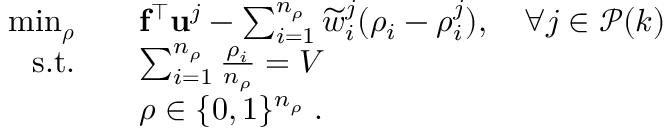
\begin{array} { r l } { \operatorname* { m i n } _ { \boldsymbol { \rho } } } & { \quad \mathbf { f } ^ { \intercal } \mathbf { u } ^ { j } - \sum _ { i = 1 } ^ { n _ { \rho } } \widetilde { w } _ { i } ^ { j } ( \rho _ { i } - \rho _ { i } ^ { j } ) , \quad \forall j \in \mathcal { P } ( k ) } \\ { \mathrm { s . t . } } & { \quad \sum _ { i = 1 } ^ { n _ { \rho } } \frac { \rho _ { i } } { n _ { \rho } } = V } \\ & { \quad \boldsymbol { \rho } \in \{ 0 , 1 \} ^ { n _ { \rho } } \; . } \end{array}